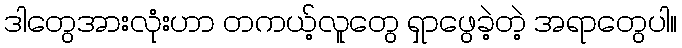
ဒါတွေအားလုံးဟာ တကယ့်လူတွေ ရှာဖွေခဲ့တဲ့ အရာတွေပါ။